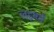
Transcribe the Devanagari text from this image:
लड्कों